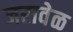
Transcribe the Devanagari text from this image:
जरावेळ